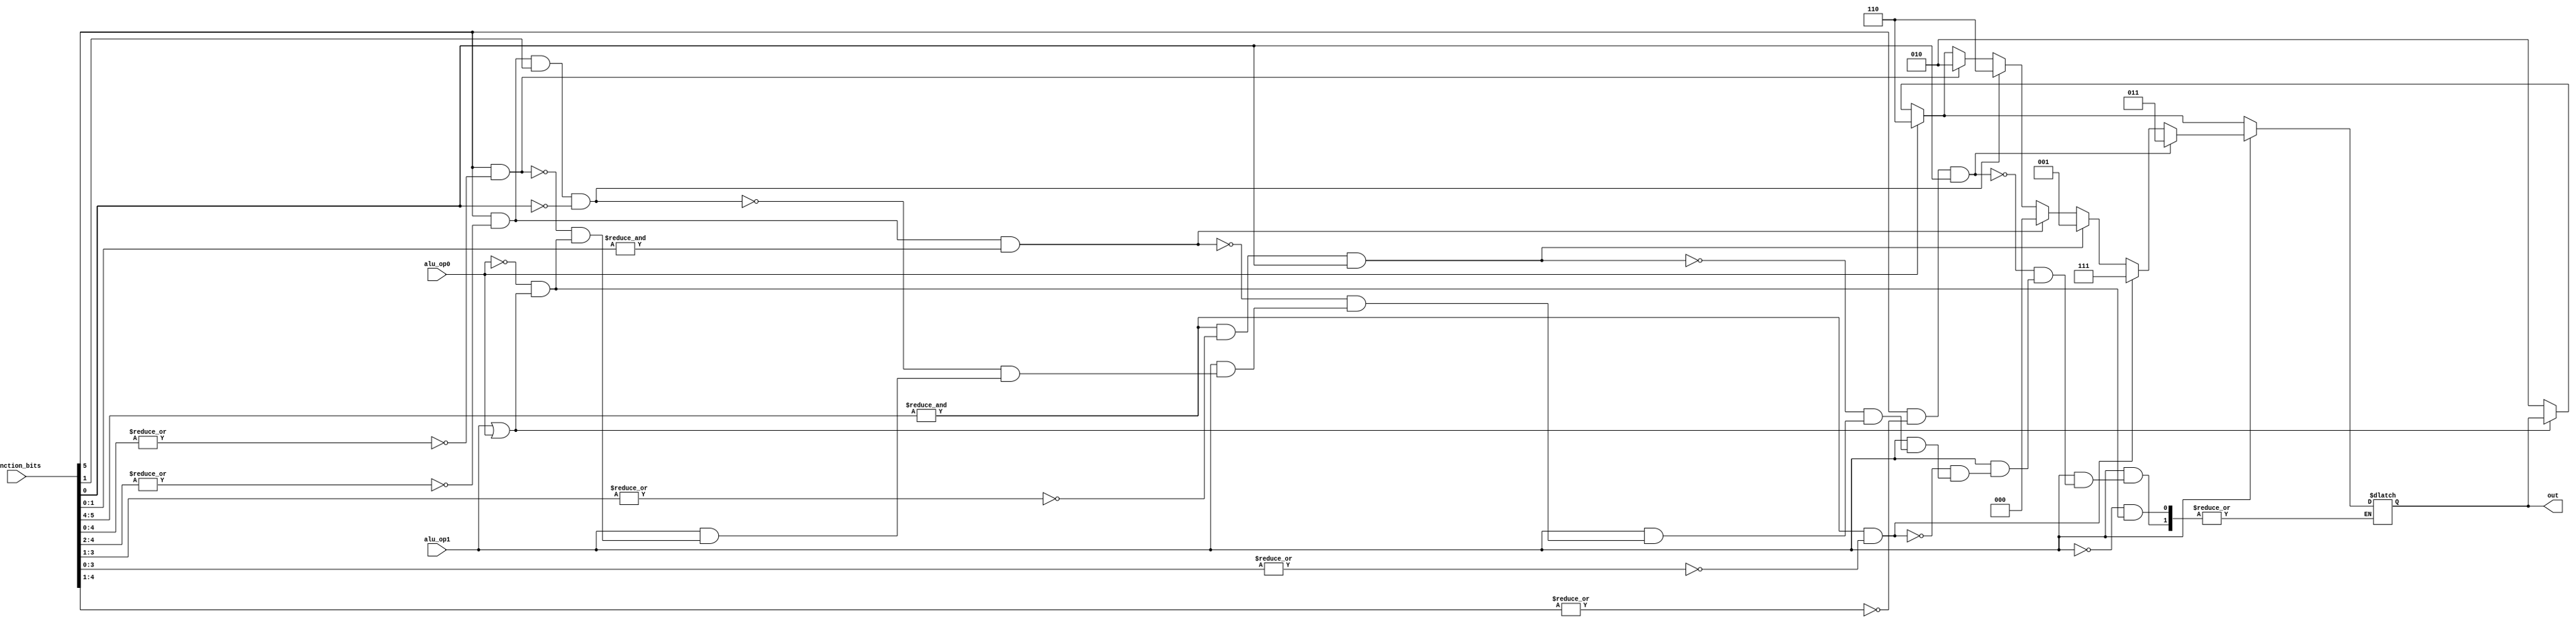
module alu_cont(alu_op1, alu_op0, function_bits, out);
input alu_op1, alu_op0;
input [5:0] function_bits;
output reg [2:0] out;
always @(alu_op1 or alu_op0 or function_bits)
begin
	if(~(alu_op1 | alu_op0))
	out = 3'b010;
	if(alu_op0)
	out = 3'b110;
	if(alu_op1)
	begin
		if(function_bits[5] & ~(|function_bits[4:0]))
		out = 3'b010;
		if(function_bits[5] & ~(|function_bits[4:2]) & function_bits[1] & ~function_bits[0])
		out = 3'b110;
		if(function_bits[5] & ~(|function_bits[4:2]) & (&function_bits[1:0]))
		out = 3'b000;
		if((&function_bits[5:4]) & ~(|function_bits[3:1]) & function_bits[0])
		out = 3'b001;
		if((&function_bits[5:4]) & ~(|function_bits[3:0]))
		out = 3'b111;
		if(function_bits[5] & ~(|function_bits[4:1]) & function_bits[0])
		out = 3'b011;
	end
end
endmodule